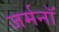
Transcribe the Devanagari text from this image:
जर्मनॉ